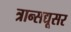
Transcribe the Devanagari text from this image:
त्रान्सद्यूसर